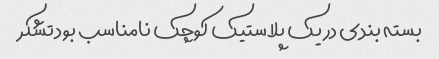
بسته بندی در یک پلاستیک کوچک نامناسب بود تشکر